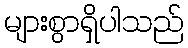
များစွာရှိပါသည်